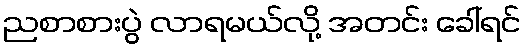
ညစာစားပွဲ လာရမယ်လို့ အတင်း ခေါ်ရင်